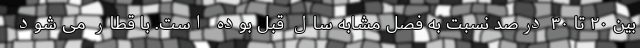
بین ۲۰ تا ۳۰ درصد نسبت به فصل مشابه سال قبل بوده است. با قطار می شود